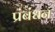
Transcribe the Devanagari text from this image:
प्रंबंधन